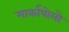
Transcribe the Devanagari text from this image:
मार्कापोलो